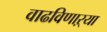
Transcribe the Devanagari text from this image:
वाढविणाऱ्या